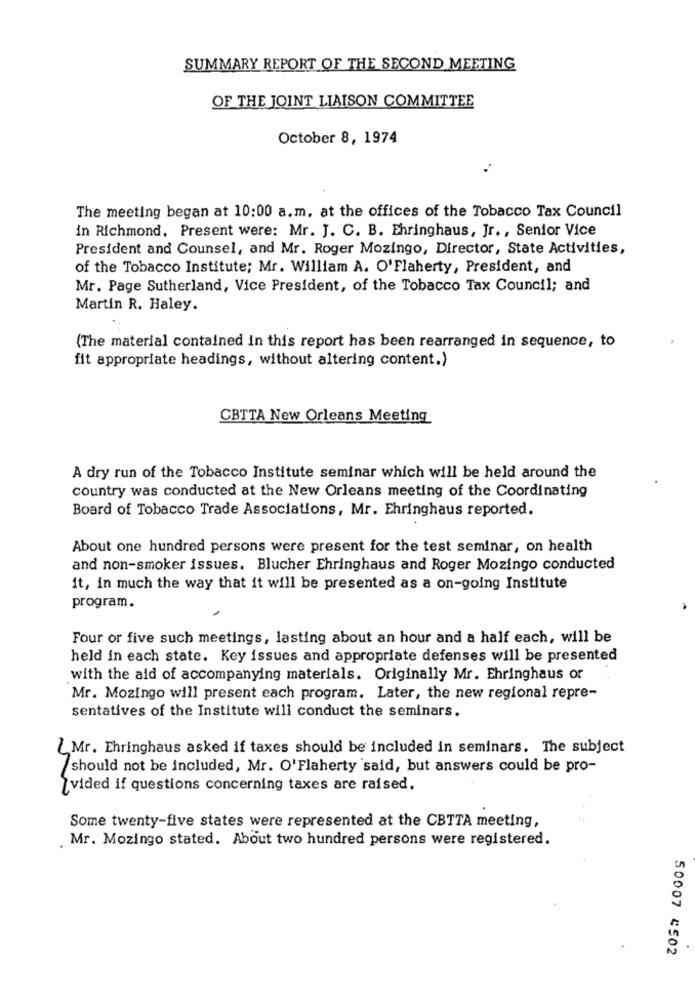
SUMMARY REPORT OF THE SECOND MEETING
OF THE JOINT LIAISON COMMITTEE
October 8, 1974
The meeting began at 10:00 a.m. at the offices of the Tobacco Tax Council
in Richmond, Present were: Mr. J. C. B. Ehringhaus, Jr ., Senior Vice
President and Counsel, and Mr. Roger Mozingo, Director, State Activities,
of the Tobacco Institute; Mr. William A. O'Flaherty, President, and
Mr. Page Sutherland, Vice President, of the Tobacco Tax Council; and
Martin R. Haley.
(The material contained in this report has been rearranged in sequence, to
fit appropriate headings, without altering content.)
CBTTA New Orleans Meeting
A dry run of the Tobacco Institute seminar which will be held around the
country was conducted at the New Orleans meeting of the Coordinating
Board of Tobacco Trade Associations, Mr. Ehringhaus reported.
About one hundred persons were present for the test seminar, on health
and non-smoker issues. Blucher Ehringhaus and Roger Mozingo conducted
it, in much the way that it will be presented as a on-going Institute
program.
Four or five such meetings, lasting about an hour and a half each, will be
held in each state. Key issues and appropriate defenses will be presented
with the aid of accompanying materials. Originally Mr. Ehringhaus or
Mr. Mozingo will present each program. Later, the new regional repre-
sentatives of the Institute will conduct the seminars.
L Mr. Ehringhaus asked if taxes should be included in seminars. The subject
should not be included, Mr. O'Flaherty said, but answers could be pro-
vided if questions concerning taxes are raised.
Some twenty-five states were represented at the CBTTA meeting,
Mr. Mozingo stated. About two hundred persons were registered.
50007 4502